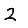
Digit: 2